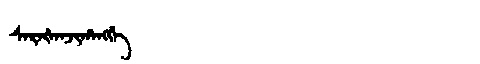
Manchu: ᠰᠠᡵᠠᡧᠠᠨᠵᡳᡥᠠᠩᡤᡝ
Romanization: SARAŠANJIHANGGE